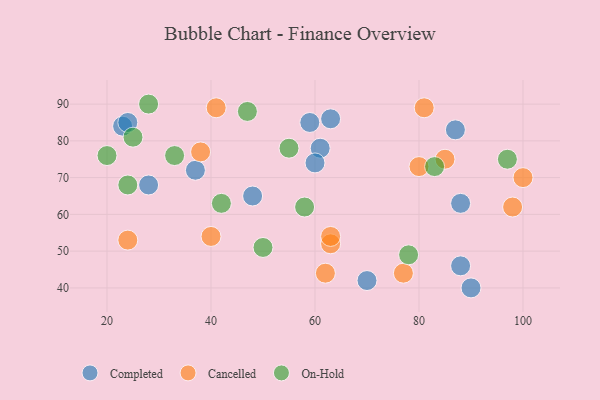
{"axis": {"x": "GDP", "y": "Life Expectancy"}, "legend": ["Cancelled", "Completed", "On-Hold"], "data": [{"x": "28", "y": 68, "type": "Completed"}, {"x": "70", "y": 42, "type": "Completed"}, {"x": "59", "y": 85, "type": "Completed"}, {"x": "61", "y": 78, "type": "Completed"}, {"x": "88", "y": 63, "type": "Completed"}, {"x": "60", "y": 74, "type": "Completed"}, {"x": "37", "y": 72, "type": "Completed"}, {"x": "87", "y": 83, "type": "Completed"}, {"x": "23", "y": 84, "type": "Completed"}, {"x": "90", "y": 40, "type": "Completed"}, {"x": "24", "y": 85, "type": "Completed"}, {"x": "48", "y": 65, "type": "Completed"}, {"x": "88", "y": 46, "type": "Completed"}, {"x": "63", "y": 86, "type": "Completed"}, {"x": "77", "y": 44, "type": "Cancelled"}, {"x": "63", "y": 52, "type": "Cancelled"}, {"x": "85", "y": 75, "type": "Cancelled"}, {"x": "24", "y": 53, "type": "Cancelled"}, {"x": "41", "y": 89, "type": "Cancelled"}, {"x": "81", "y": 89, "type": "Cancelled"}, {"x": "62", "y": 44, "type": "Cancelled"}, {"x": "38", "y": 77, "type": "Cancelled"}, {"x": "100", "y": 70, "type": "Cancelled"}, {"x": "98", "y": 62, "type": "Cancelled"}, {"x": "80", "y": 73, "type": "Cancelled"}, {"x": "63", "y": 54, "type": "Cancelled"}, {"x": "40", "y": 54, "type": "Cancelled"}, {"x": "58", "y": 62, "type": "On-Hold"}, {"x": "20", "y": 76, "type": "On-Hold"}, {"x": "55", "y": 78, "type": "On-Hold"}, {"x": "28", "y": 90, "type": "On-Hold"}, {"x": "42", "y": 63, "type": "On-Hold"}, {"x": "50", "y": 51, "type": "On-Hold"}, {"x": "83", "y": 73, "type": "On-Hold"}, {"x": "97", "y": 75, "type": "On-Hold"}, {"x": "33", "y": 76, "type": "On-Hold"}, {"x": "47", "y": 88, "type": "On-Hold"}, {"x": "78", "y": 49, "type": "On-Hold"}, {"x": "25", "y": 81, "type": "On-Hold"}, {"x": "24", "y": 68, "type": "On-Hold"}]}